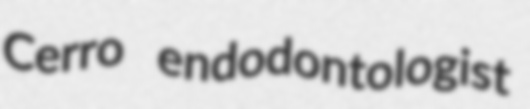
Cerro endodontologist